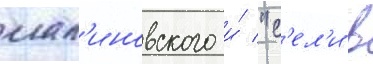
мал'иновского и́ "с'ел'и в